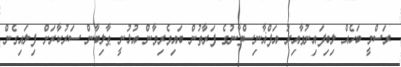
ރަސްމީ ބަހެއް ލިބިފައިނުވާއިރު އަފްޣާނިސްތާނުގެ ފަރާތުން ބައިވެރިވާން އުޅުނީ ޠާލިބާން ސަރުކާރަށް ފިލައިގެން